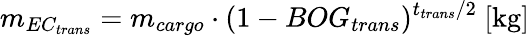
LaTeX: m_{EC_{trans}}=m_{cargo}\cdot(1-BOG_{trans})^{t_{trans}/2}\ [\mathrm{kg}]